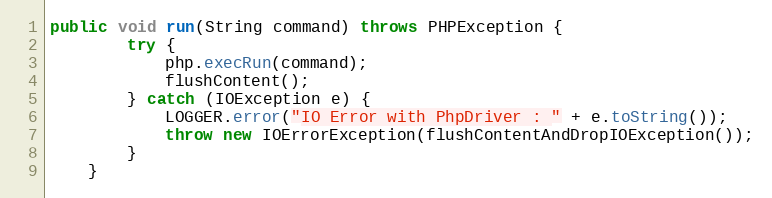
Language: Java
public void run(String command) throws PHPException {
		try {
			php.execRun(command);
			flushContent();
		} catch (IOException e) {
			LOGGER.error("IO Error with PhpDriver : " + e.toString());
			throw new IOErrorException(flushContentAndDropIOException());
		}
	}